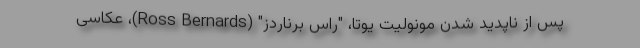
پس از ناپدید شدن مونولیت یوتا، "راس برناردز" (Ross Bernards)، عکاسی